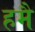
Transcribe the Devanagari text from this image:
हमै